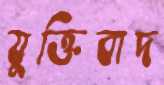
যুক্তিবাদ